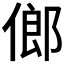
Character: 𠌇